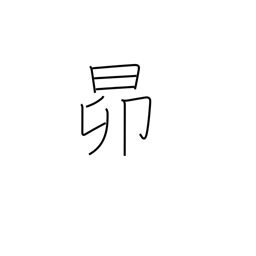
Meaning: the Pleiades